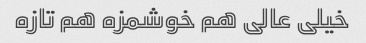
خیلی عالی هم خوشمزه هم تازه